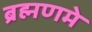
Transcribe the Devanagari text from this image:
ब्रह्मणमे